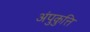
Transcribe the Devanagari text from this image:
अंपुकुत्ति